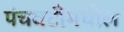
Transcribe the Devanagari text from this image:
पंचवटीमधील